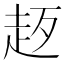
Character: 𧺰